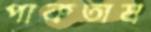
পাকতাম